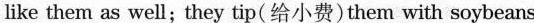
like them as well;they tip(给小费)them with soybeans